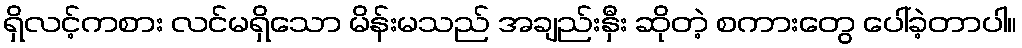
ရှိလင့်ကစား လင်မရှိသော မိန်းမသည် အချည်းနှီး ဆိုတဲ့ စကားတွေ ပေါ်ခဲ့တာပါ။